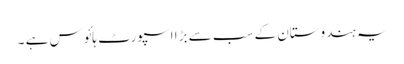
یہ ہندوستان کے سب سے بڑا اسپورٹ ہائوس ہے ۔